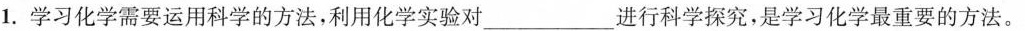
1.学习化学需要运用科学的方法，利用化学实验对___进行科学探究，是学习化学最重要的方法。